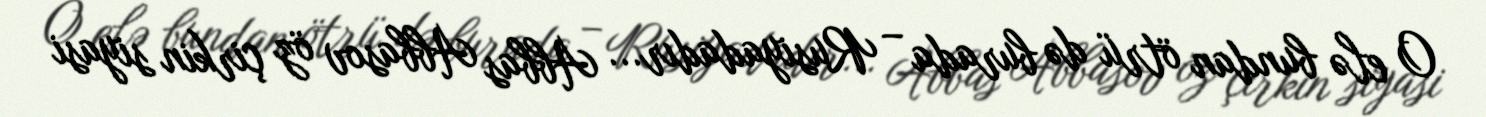
O elə bundan ötrü də burada – Rusiyadadır... Abbas Abbasov öz çirkin siyasi